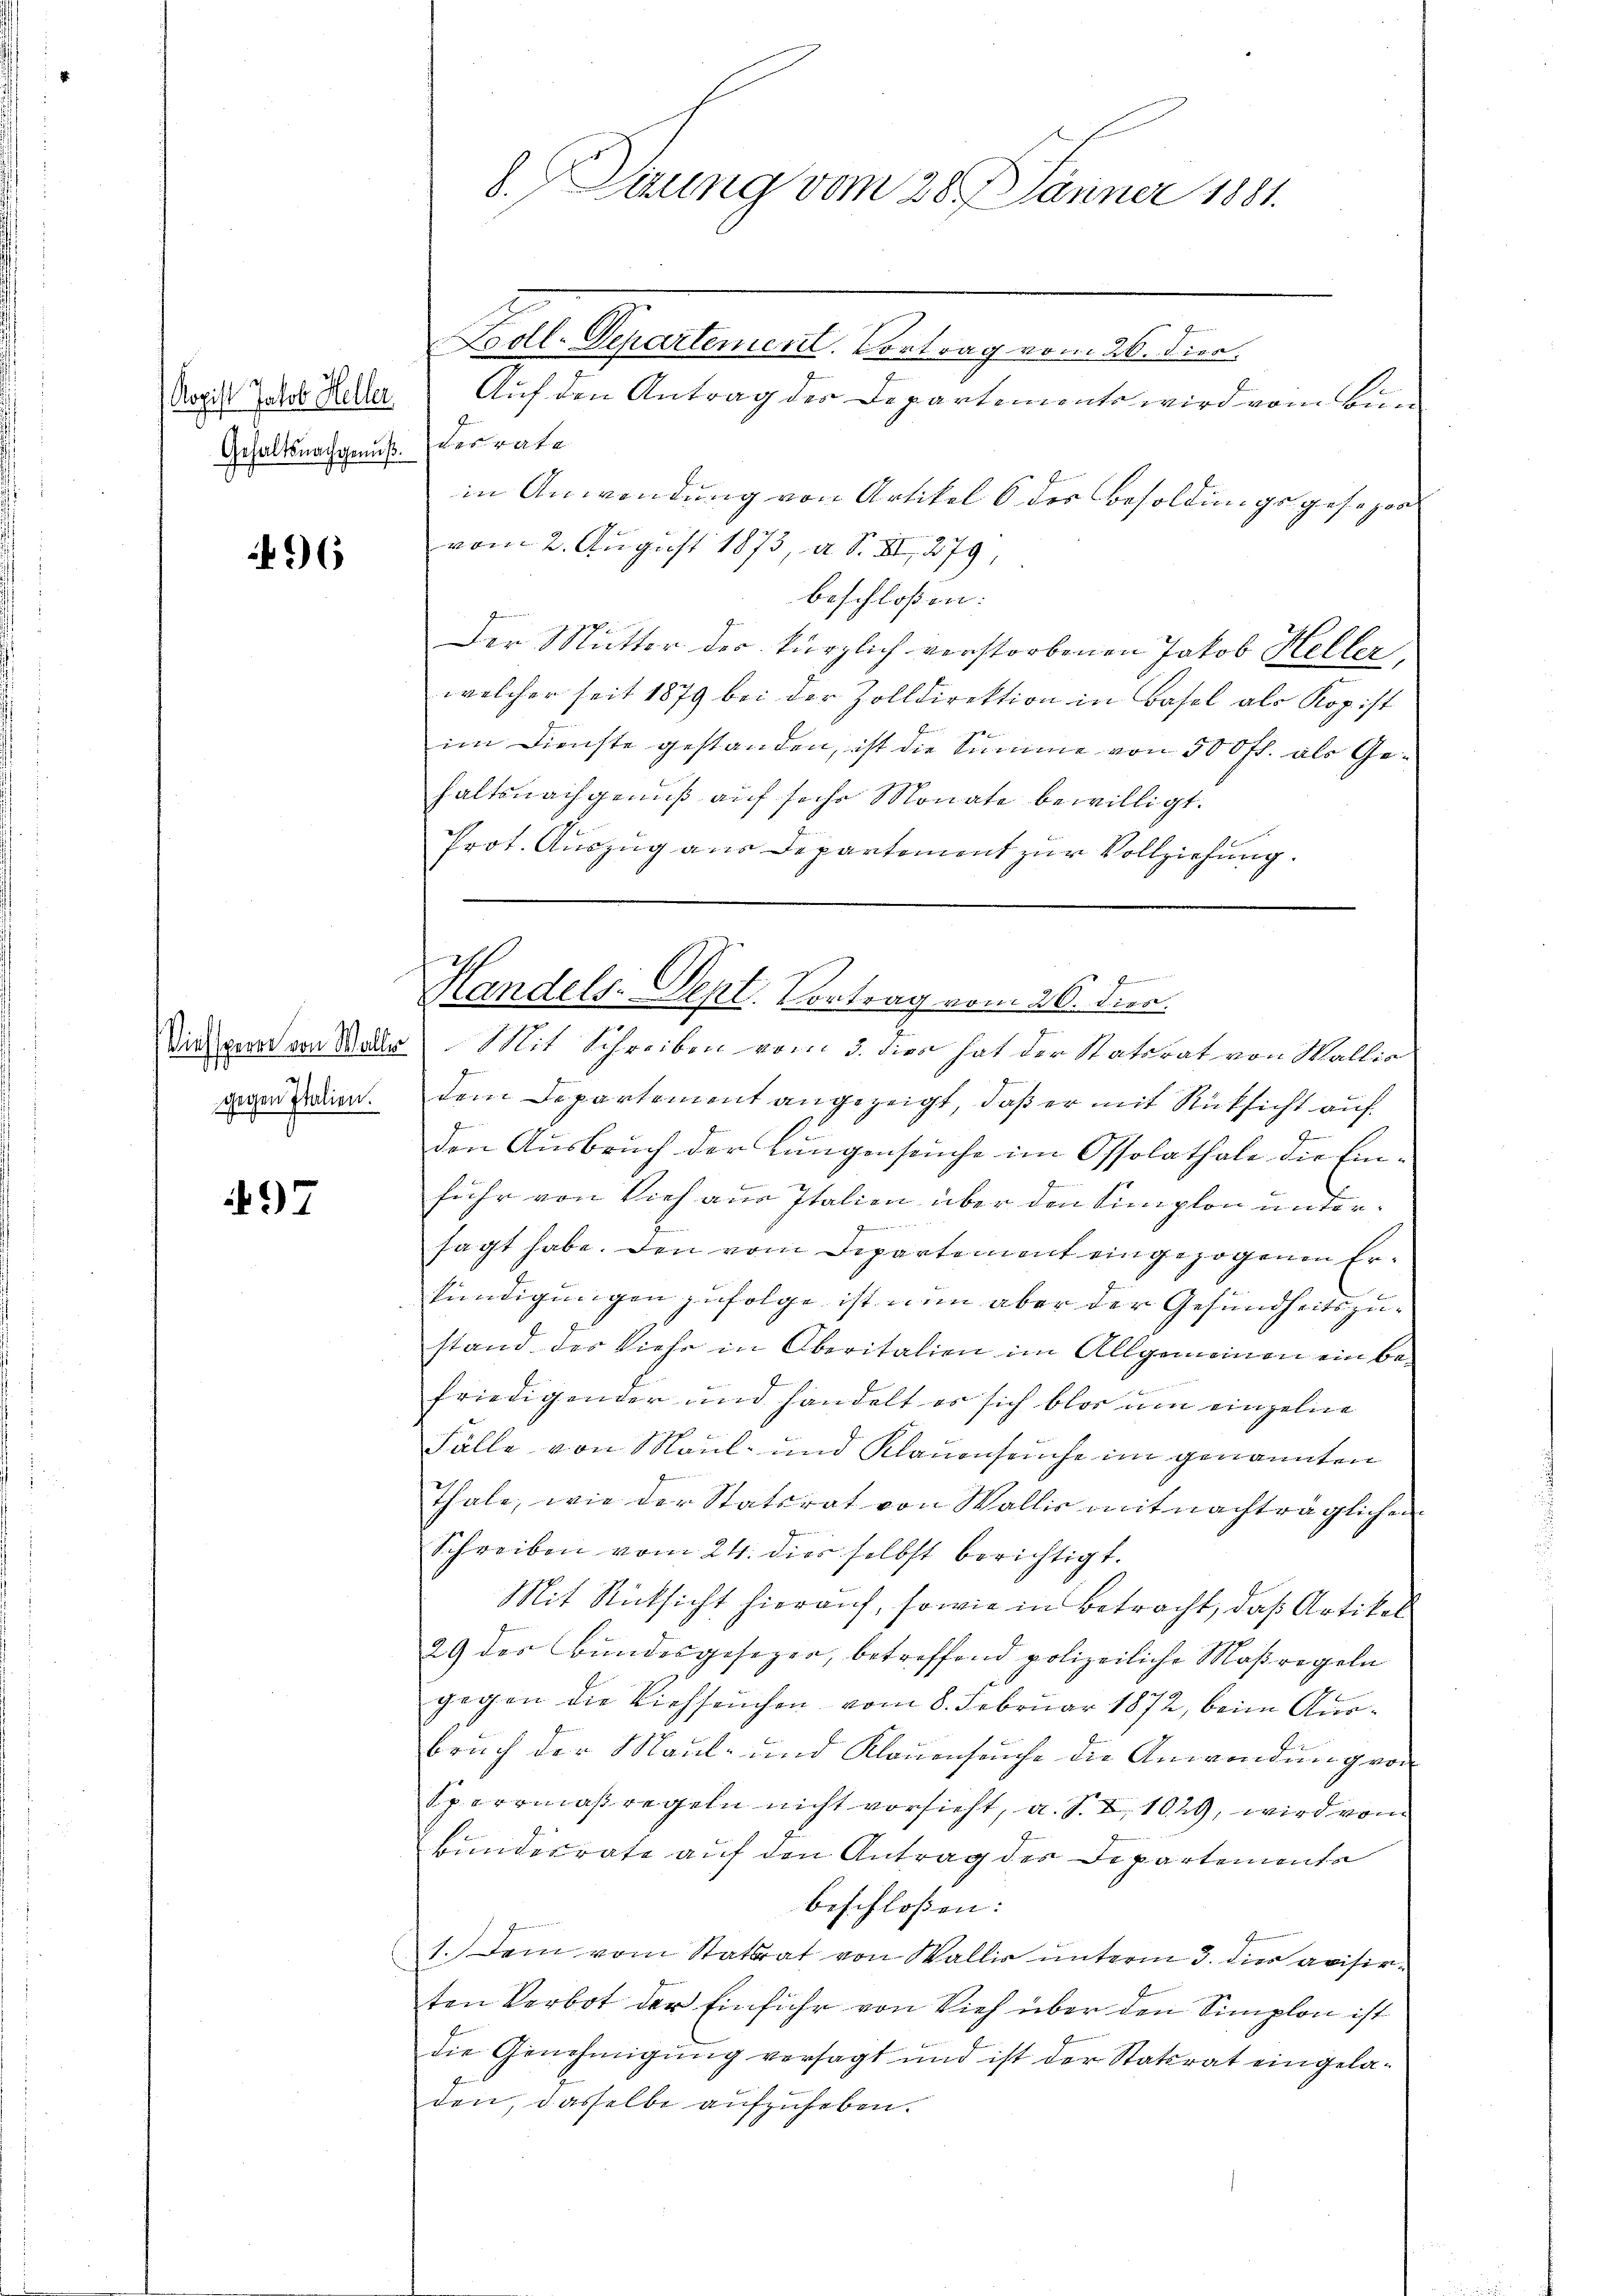
Kopist Jakob Heller.
Gehaltsnachgenuß.

96

gegen Italien.

97

Zoll-Departement. Vortrag vom 26. Dien.
Auf den Antrag der Departements wird vom Bunderrate
in Anwendung von Artikel 6 der Besoldungsgesehen
vom 2. August 1873, a S. XII 279,
beschloßen:
Der Mutter der kürzlich verstorbenen Jakob Heller
welcher seit 1879 bei der Zolldirektion in Basel als Kopist
im Dienste gestanden, ist die Summe von 500 fl. als Gehaltsnachgenuß auf seche Monate bewilligt.
Prot. Auszug aus Departement zur Vollziehung.

b. Dierung vom 28. Jänner 1881.

Permindern un
Handels-Dept. Vortrag vom 26. Dier.

Dirgen von Walle Mit Schreiben vom 3. dien hat der Stattrat von Wallis
dem Departement angezeigt, daß er mit Rücksicht auf
den Ausbruch der Lungenseuche im Ossolathale die Einfuhr von Vieh aus Italien über den Simplon untere
sagt habe. Den vom Departemont eingezogenen Erkündigungen zufolge ist nun aber der Gesundheitszu-
stand des Viehe in Oberitalien im Allgemeinen ein befriedigender und handelt es sich blos um einzelne
Fälle von Maul- und Klauenseuche im genannten
Thale, wie der Statsrat von Wallis mit nachträglichen
Schreiben vom 24. dies selbst berichtigt.
Mit Rücksicht hierauf, sowie in Betracht, daß Artikel
29 des Bundesgesezen, betreffend polizeiliche Maßregeln
gegen die Viehseuchen vom 8. Februar 1872, beim Ausbruch der Maul- und Klauenseuche die Anwendung von
Sperrmaßregeln nicht vorsieht, a. S. Z. 1029, wird vom
Bundesrate auf den Antrag der Departements
beschlossen:
1. Dem vom Statrat von Wallis unterm 3. dies avisirten Verbot der Einführ von Vieh über den Simplon ist
die Genehmigung versagt und ist der Statsrat eingeladen, dasselbe aufzuheben.